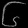
Digit: ၆